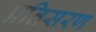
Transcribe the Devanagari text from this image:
प्रतिसरण